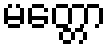
မတ္တော